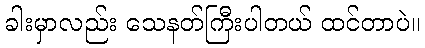
ခါးမှာလည်း သေနတ်ကြီးပါတယ် ထင်တာပဲ။